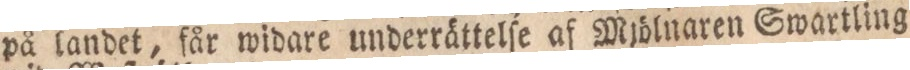
på landet, får widare underrättelſe af Mjölnaren Swartling